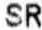
SR